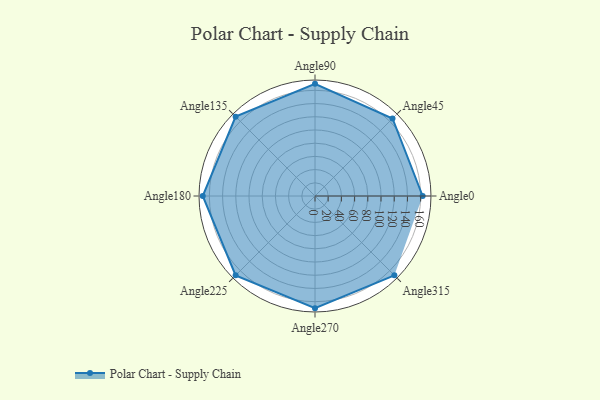
{"axis": {"x": "Angle", "y": "Radius"}, "legend": [""], "data": [{"x": "Angle0", "y": 163.0, "type": ""}, {"x": "Angle45", "y": 166.0, "type": ""}, {"x": "Angle90", "y": 170, "type": ""}, {"x": "Angle135", "y": 170, "type": ""}, {"x": "Angle180", "y": 170, "type": ""}, {"x": "Angle225", "y": 170, "type": ""}, {"x": "Angle270", "y": 170, "type": ""}, {"x": "Angle315", "y": 170, "type": ""}]}